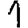
Digit: 1